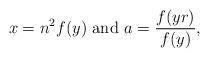
LaTeX: \begin{align*}x = n^{2}f(y) \mbox{ and } a = \frac{f(yr)}{f(y)},\end{align*}